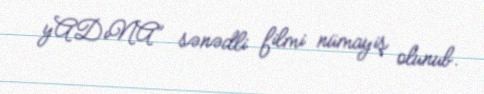
yADıNA” sənədli filmi nümayiş olunub.